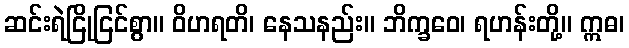
ဆင်းရဲငြိုငြင်စွာ။ ဝိဟရတိ၊ နေသနည်း။ ဘိက္ခဝေ၊ ရဟန်းတို့။ ဣဓ၊